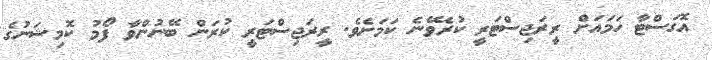
އޮގަސްޓާ ހަމައަށް ރީރަޖިސްޓަރީ ކުރެވޭނެ ކަމަށެވެ. ރީރަޖިސްޓަރީ ކުރަން ބޭނުންވާ ފޯމު ކޮމިޝަނުގެ